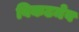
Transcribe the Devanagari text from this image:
विकटमेव